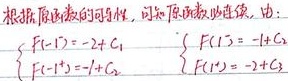
根据原函数的可导性，可知原函数必连续，由：
\[
\begin{cases}
F(-1^{-})=-2 + C_1\\
F(-1^{+})=-1 + C_2
\end{cases}
\quad
\begin{cases}
F(1^{-})=-1 + C_2\\
F(1^{+})=-2 + C_3
\end{cases}
\]